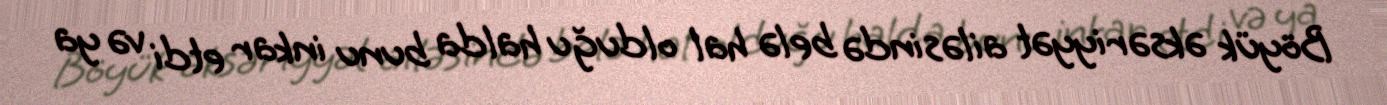
Böyük əksəriyyət ailəsində belə hal olduğu halda bunu inkar etdi və ya